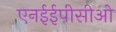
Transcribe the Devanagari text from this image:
एनईईपीसीओ